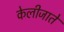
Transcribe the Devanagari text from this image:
केलीजाते